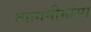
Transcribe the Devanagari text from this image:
त्यागमीमांसा